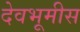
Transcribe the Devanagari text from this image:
देवभूमीस